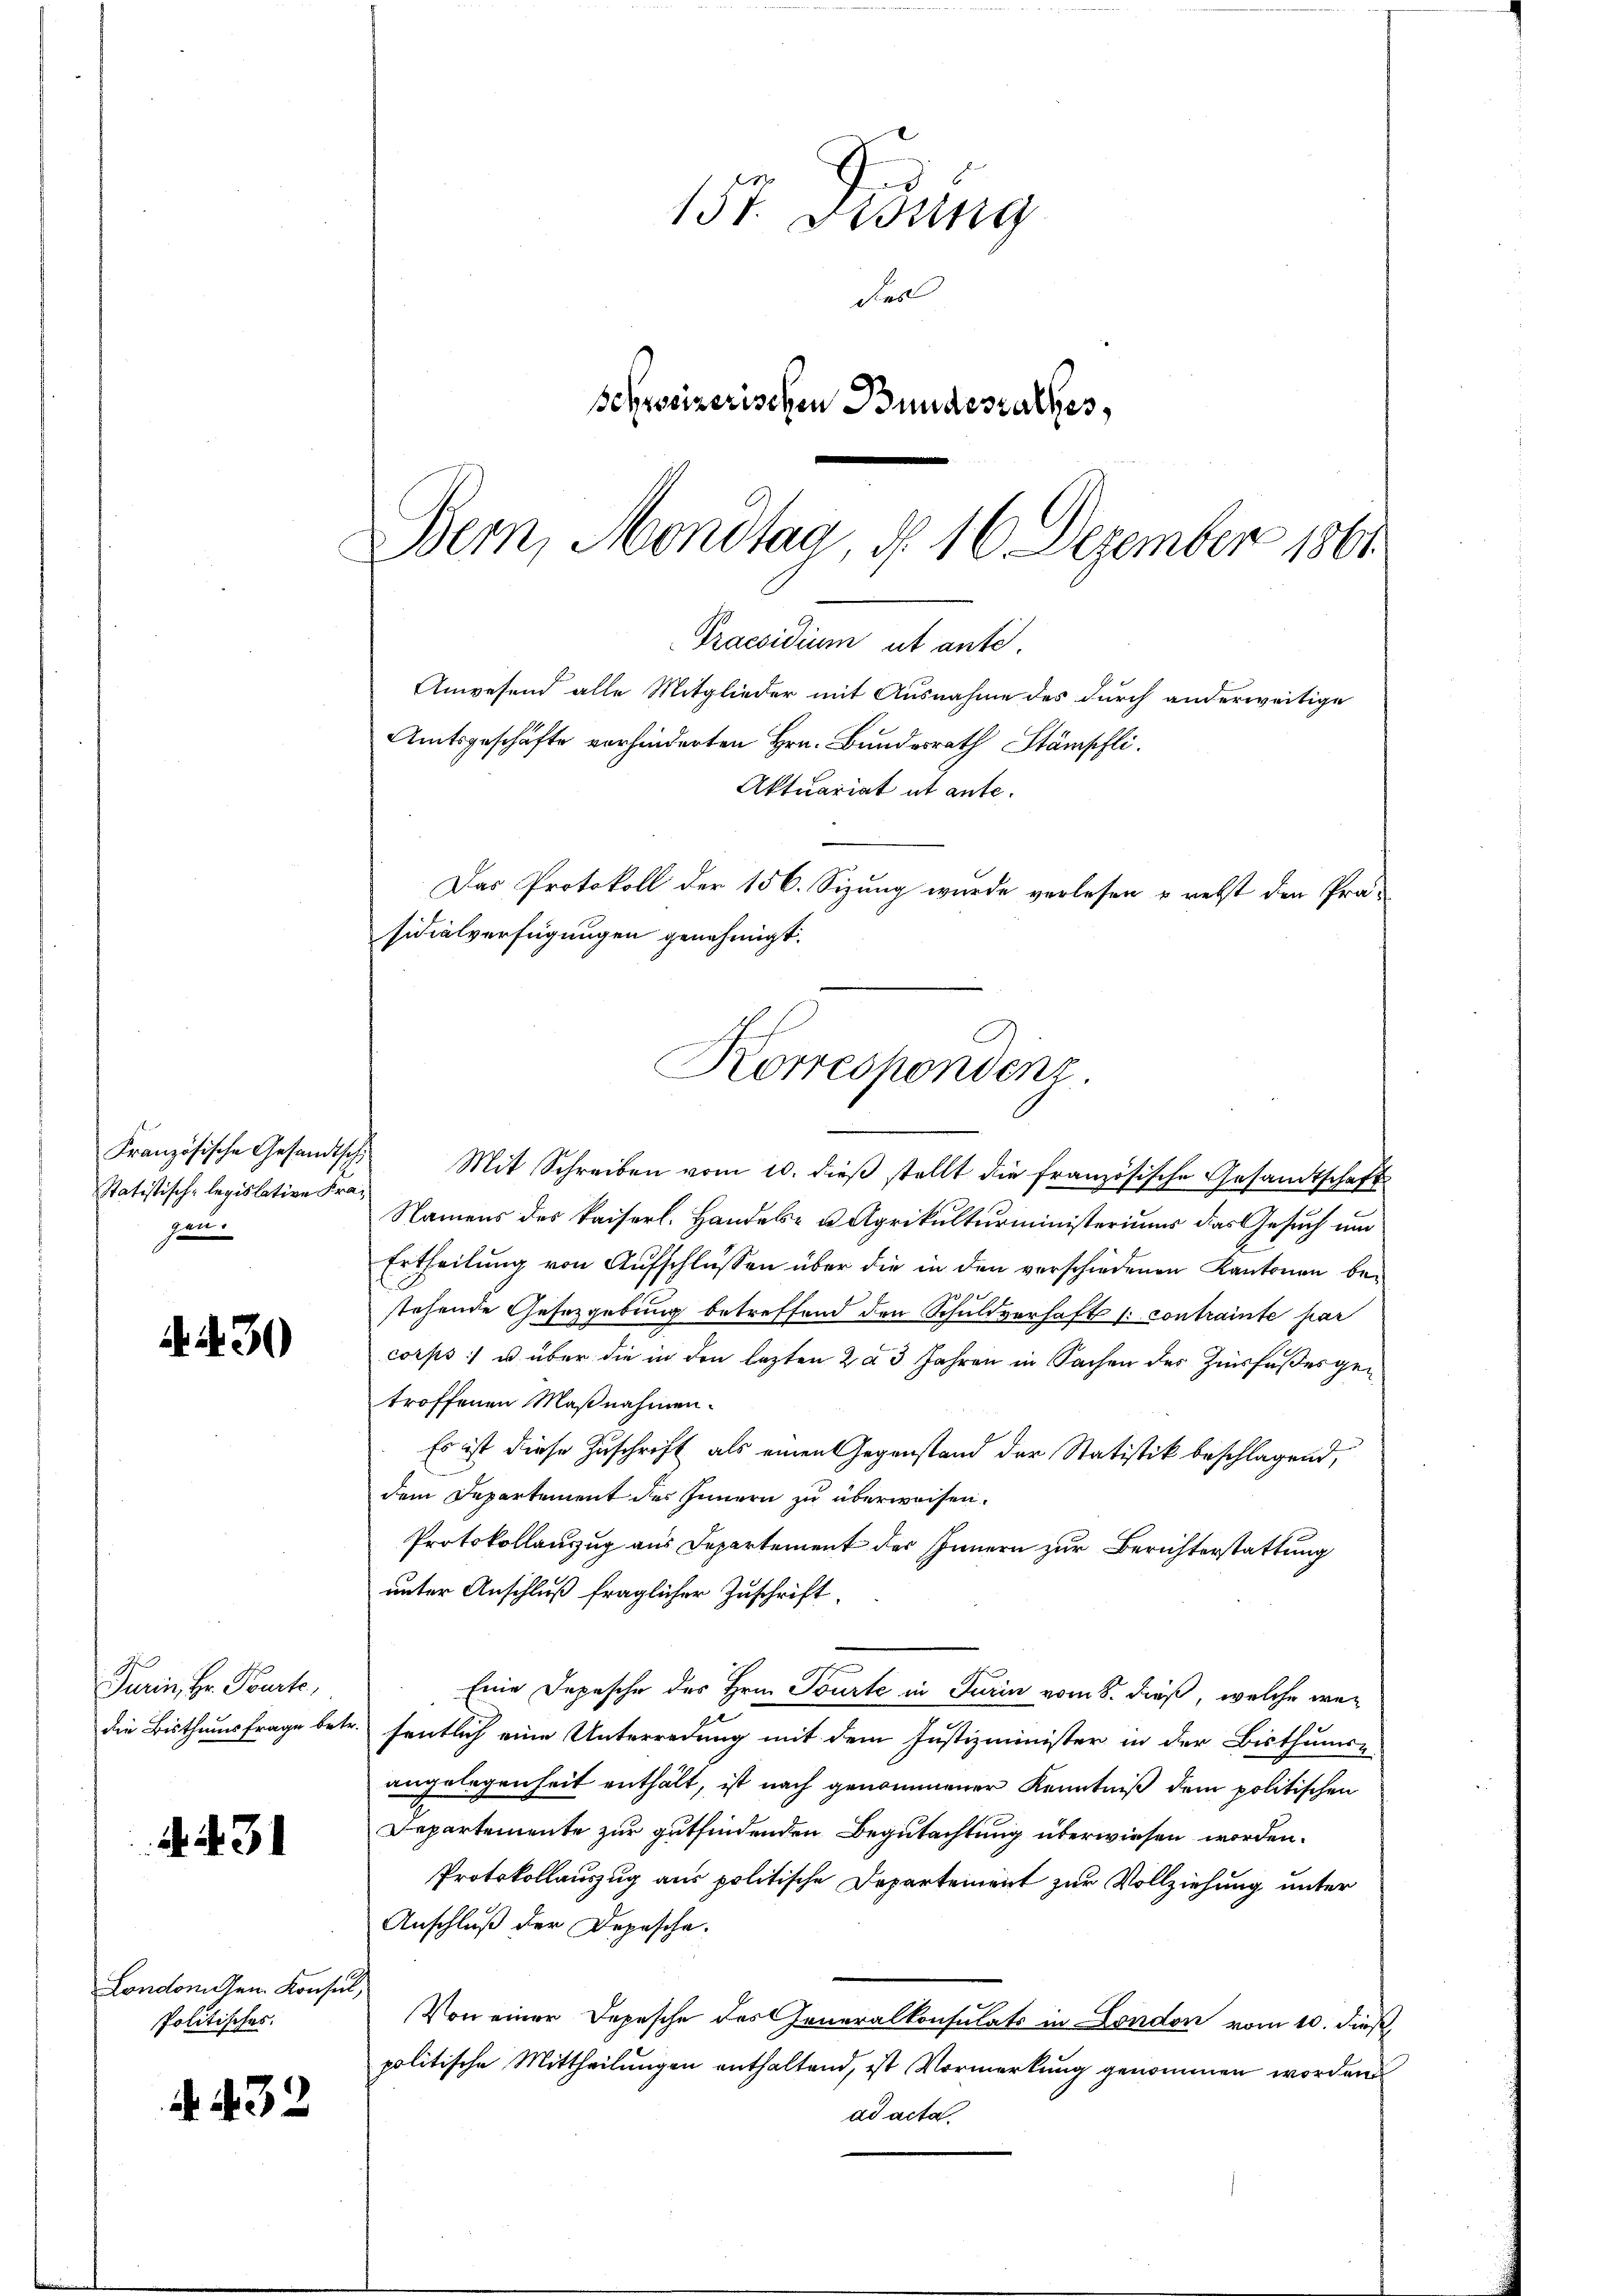
Französische Gesandtsc
Statistisch-legislative Fragen.

A 230

d
Turin, Hr. Pourte,

431

London gen. Konsul,
Politisches.

. 432

157. Disung
Sies
schweizerischen Bundesrathes,
Bern, Mondtag, d. 16 Dezember 1861

Praesidium ut ante.
Anwesend alle Mitglieder mit Ausnahme des durch anderweitige
Amtsgeschäfte vorhinderten Hrn. Bundesrath Stämpfli
Aktuariat ut ante.
Das Protokoll der 156. Sizung wurde verlesen u. nebst den Präsidialverfügungen genehmigt.
.
Korrespondenz.

1 Mit Schreiben vom 10. dieβ stellt die französische Gesandtschaft
Namens des kaiserl. Handels- u Agrikulturministeriums das Gesuch und
Ertheilung von Aufschlüssen über die in den verschiedenen Kantonen be¬
29
stehende Gesetzgebung betreffend den Schuldverhaft (: contrainte par
corps:) u über die in den lezten 2 u 3 Jahren in Sachen des Zinsfußes getroffenen Maßnahmen.
Es ist diese Zuschrift als einen Gegenstand der Statistik beschlagend,
dem Departement des Innern zu überweisen.
Protokollanzug aus Departement des Innern zur Berichterstattung
unter Anschluß fraglicher Zuschrift
Eine Depesche des Hrn. Tourte in Turin vom 8. dieß, welche wedie Bisthumsfrage betr. sentlich eine Unterredung mit dem Justizminister in der Bisthums-
angelegenheit enthält, ist nach genommener Kenntniß dem politischen
Departemente zur gutfindenden Begutachtung überwiesen worden.
Protokollauszug aus politische Departement zur Vollziehung unter
Anschluß der Depesche.
Von einer Depesche des Generalkonsulats in London vom 10. dieß
politische Mittheilungen enthaltend, ist Vormerkung genommen worden
ad acta.